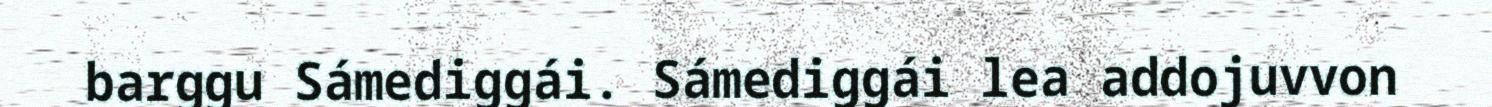
barggu Sámediggái. Sámediggái lea addojuvvon